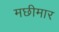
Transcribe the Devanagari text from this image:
मछीमार